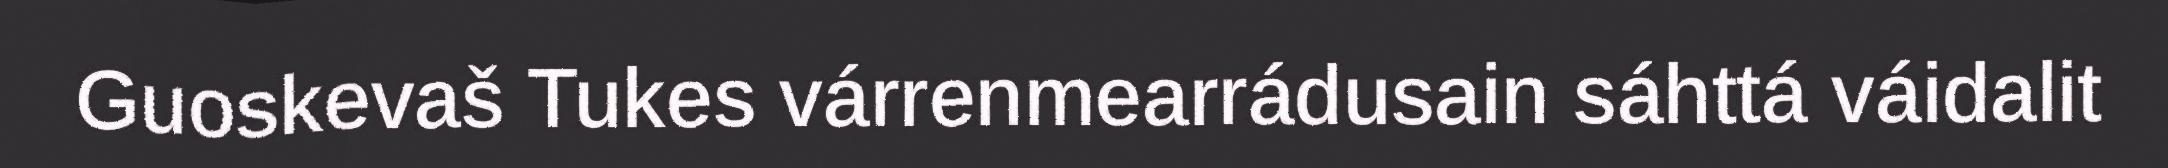
Guoskevaš Tukes várrenmearrádusain sáhttá váidalit